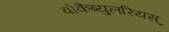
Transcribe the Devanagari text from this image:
वोकैब्युलरियस्